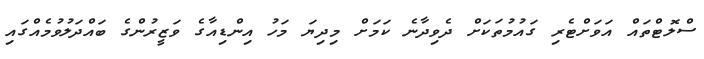
ސްލޮޓްތައް އަވަށްޓެރި ގައުމުތަކަށް ދެވިދާނެ ކަމަށް މިދިޔަ މަހު އިންޑިއާގެ ވަޒީރުންގެ ބައްދަލުވުމެއްގައި